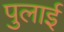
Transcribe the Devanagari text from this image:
पुलाई